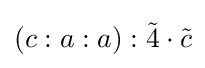
(c:a:a):{\tilde {4}}\cdot {\tilde {c}}